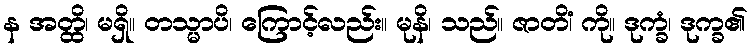
န အတ္ထိ၊ မရှိ။ တသ္မာပိ၊ ကြောင့်လည်း။ မုနိ၊ သည်။ ဇာတိံ၊ ကို။ ဒုက္ခံ၊ ဒုက္ခ၏